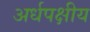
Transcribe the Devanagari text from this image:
अर्धपक्षीय